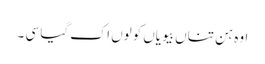
اوہ ہن تناں بیویاں کولوں اک گیا سی ۔